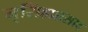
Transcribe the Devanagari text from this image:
नृसिंहप्रासाद